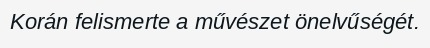
Korán felismerte a művészet önelvűségét.